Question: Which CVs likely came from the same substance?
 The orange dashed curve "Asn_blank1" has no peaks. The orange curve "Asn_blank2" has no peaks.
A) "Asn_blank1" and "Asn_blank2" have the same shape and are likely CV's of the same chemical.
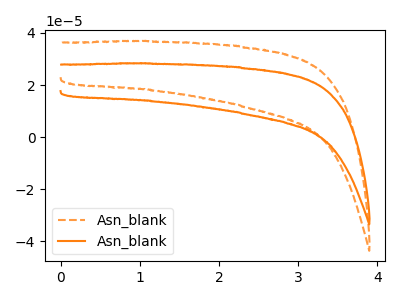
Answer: <think>Neither "Asn_blank1" or "Asn_blank2" have any peaks.
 </think>
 <answer>A) "Asn_blank1" and "Asn_blank2" have the same shape and are likely CV's of the same chemical.</answer>
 <eval>A</eval>